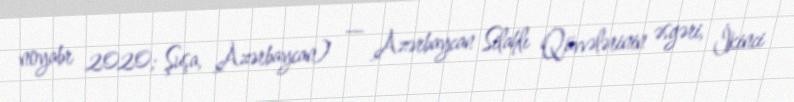
noyabr 2020; Şuşa, Azərbaycan) — Azərbaycan Silahlı Qüvvələrinin əsgəri, İkinci